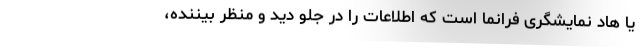
یا هاد نمایشگری فرانما است که اطلاعات را در جلو دید و منظر بیننده،